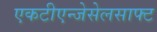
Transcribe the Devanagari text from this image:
एकटीएन्जेसेलसाफ्ट